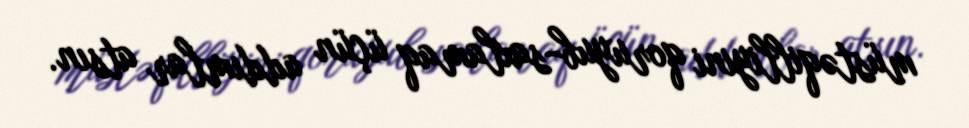
müstəqilliyini qoruyub-saxlamaq üçün addımlar atsın.